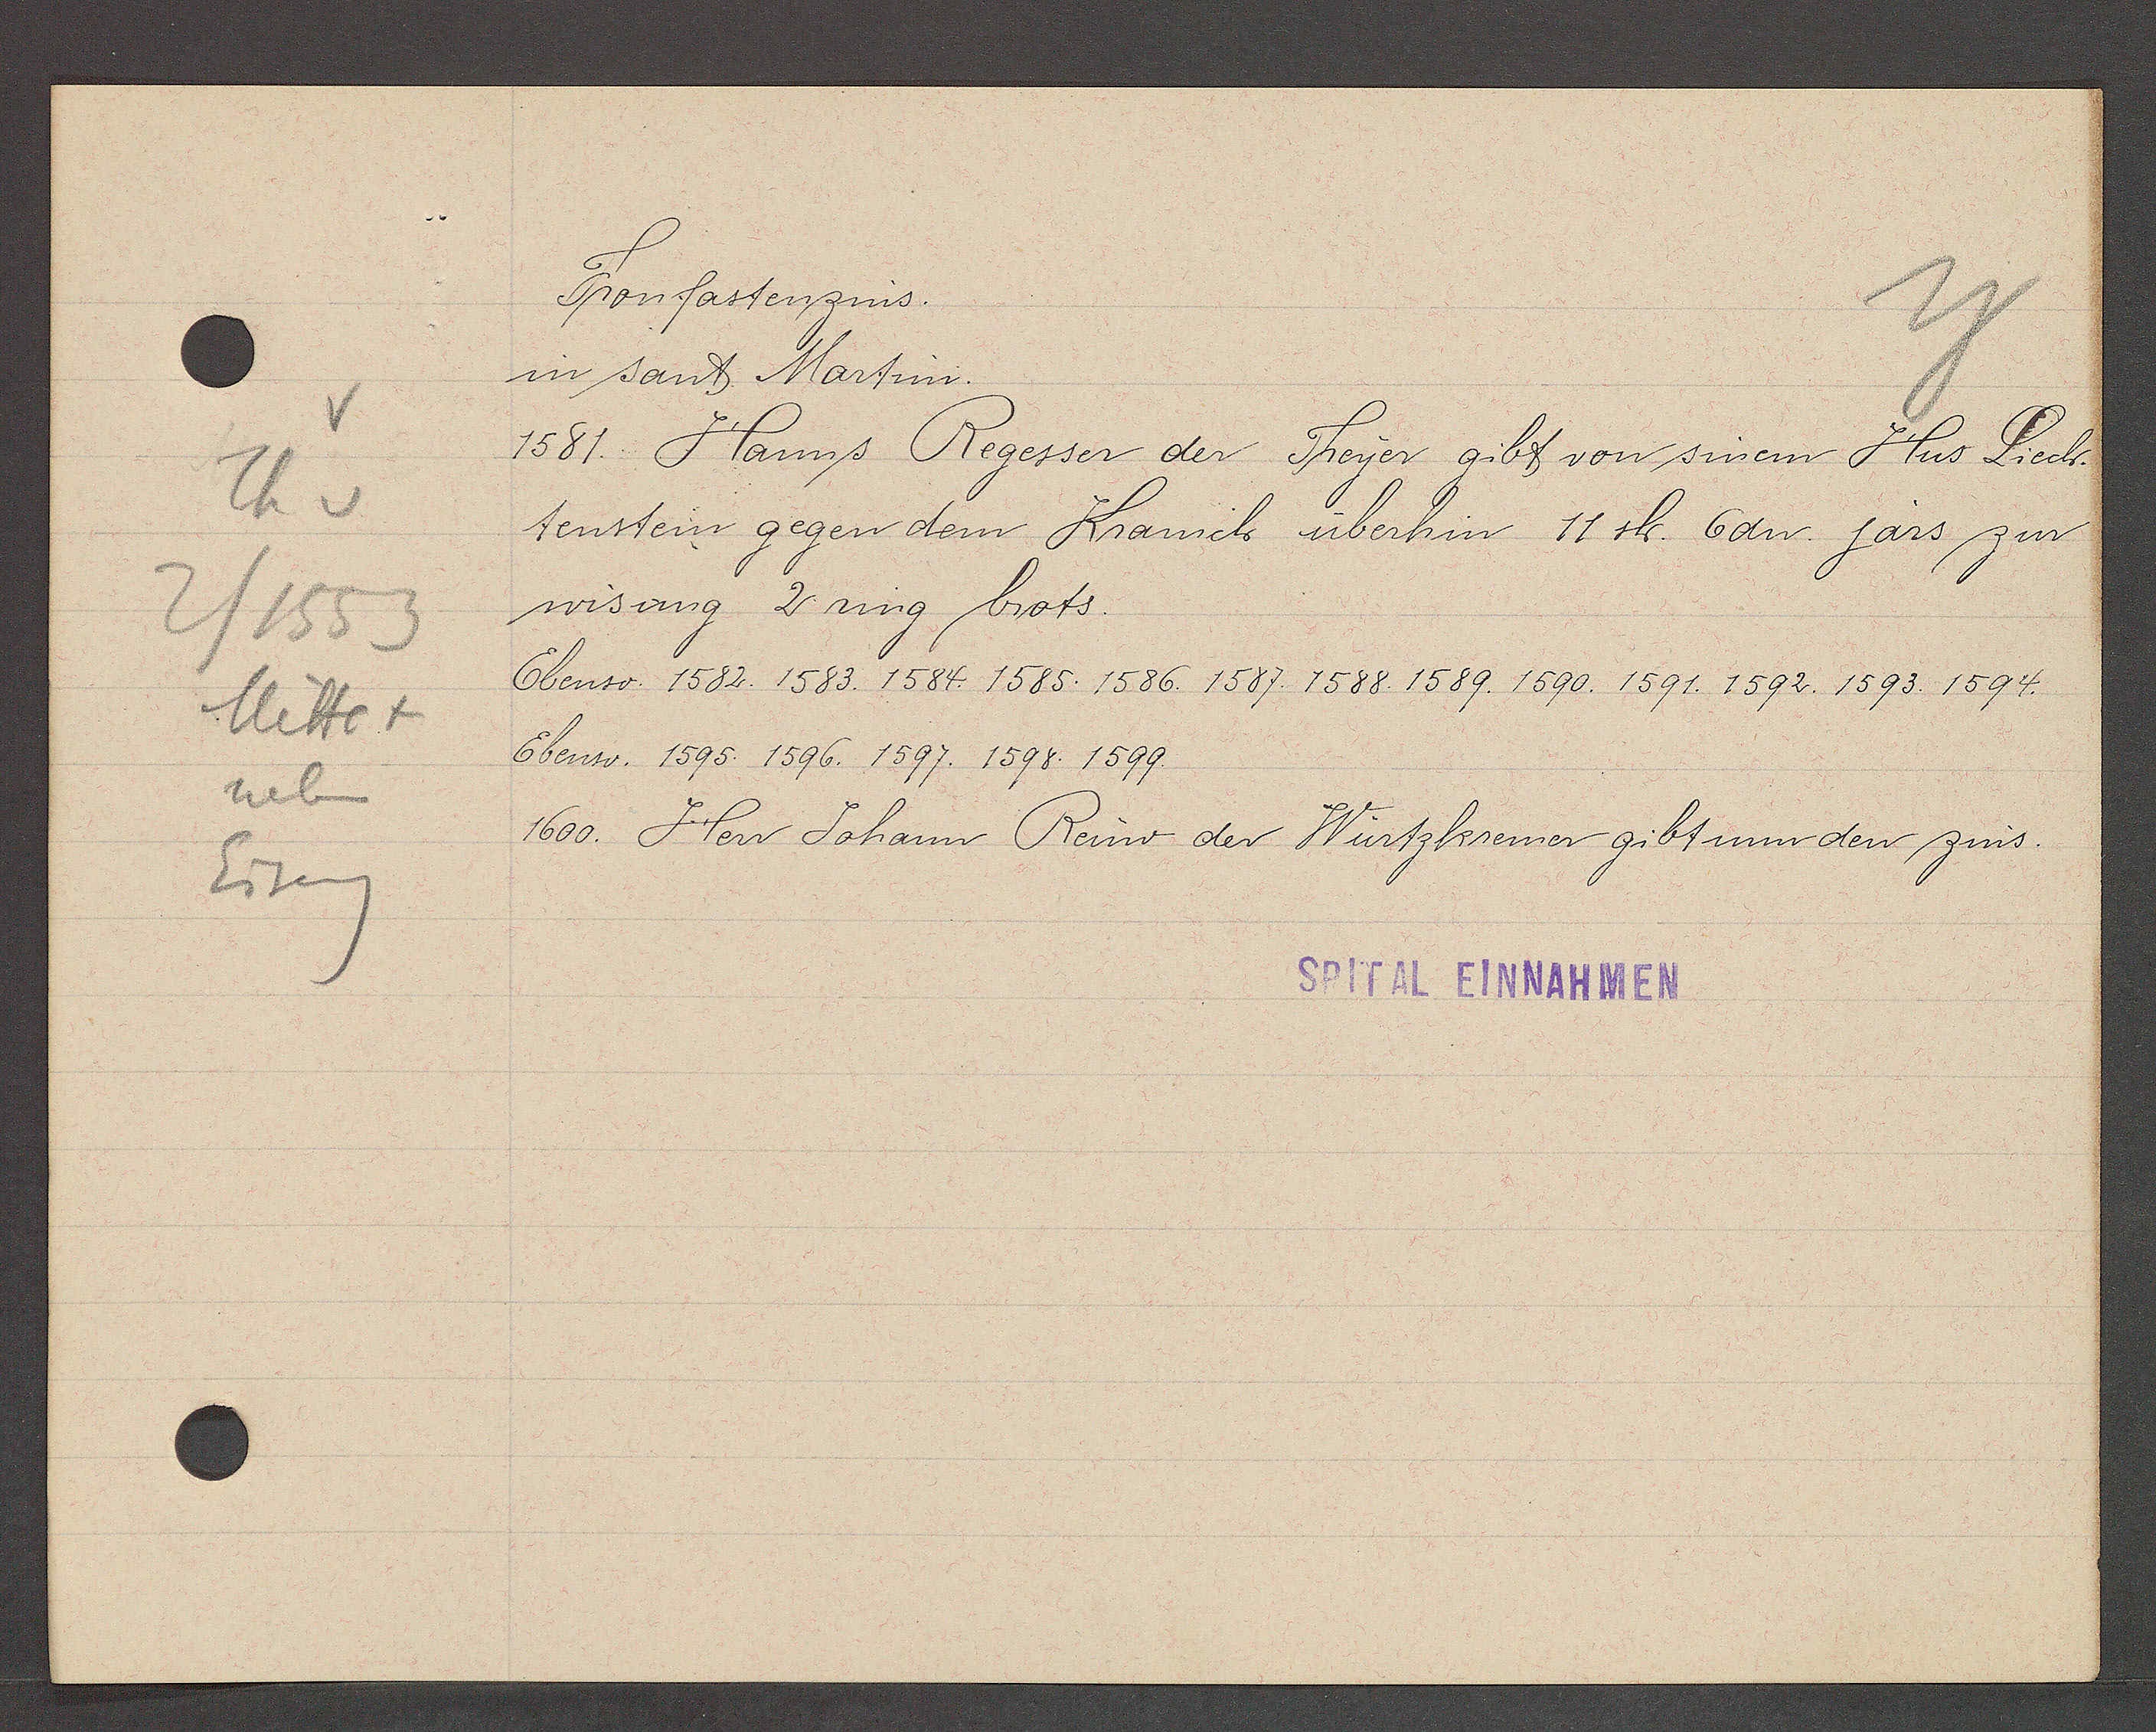
Transcript:
Th v
2/1553
Mitte +
neben
Eiseng

Fronfastenzins.

in sant Martini.
1581. Hanns Regesser der Freyer gibt von sinem Hus Liech.
tenstein gegen dem Kranich überhin 11 sh. 6dn. jars zur
wisung 2 ring brots.
Ebenso. 1582. 1583. 1584. 1585. 1586. 1587. 1588. 1589. 1590. 1591. 1592. 1593. 1594.
Ebenso. 1595. 1596. 1597. 1598. 1599.
1600. Herr Johann Reüw der Würtzkremer gibt nun den zins.

SPITAL EINNAHMEN